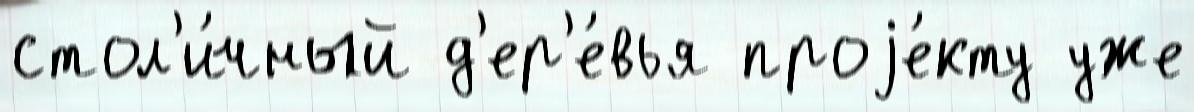
стол'и́чный д'ер'е́вья проjе́кту уже